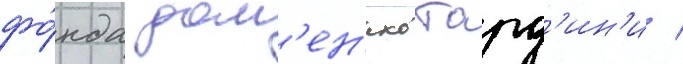
фо́нда дом'ен'ико тард'ин'и /